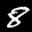
Label: 8